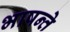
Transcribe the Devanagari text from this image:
भाषन्ते